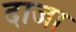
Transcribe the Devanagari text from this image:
दाजा